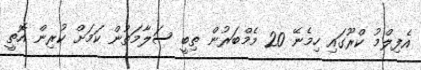
އެފިލްމު ކްރޫގައި ހިމެނޭ 20 މެމްބަރުން ތިބީ ސަލާމަތުން ކަމަށް ކުރިން އޮތީ